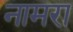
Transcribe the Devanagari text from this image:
नामरा